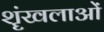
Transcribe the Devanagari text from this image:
शॄंखलाओं